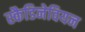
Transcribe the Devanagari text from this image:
स्कैडिनेवियन